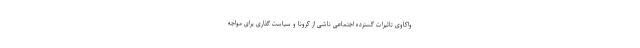
واکاوی تاثیرات گسترده اجتماعی ناشی از کرونا و سیاست گذاری برای مواجه